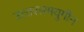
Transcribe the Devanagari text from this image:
उत्त्तराश्मयुगीन